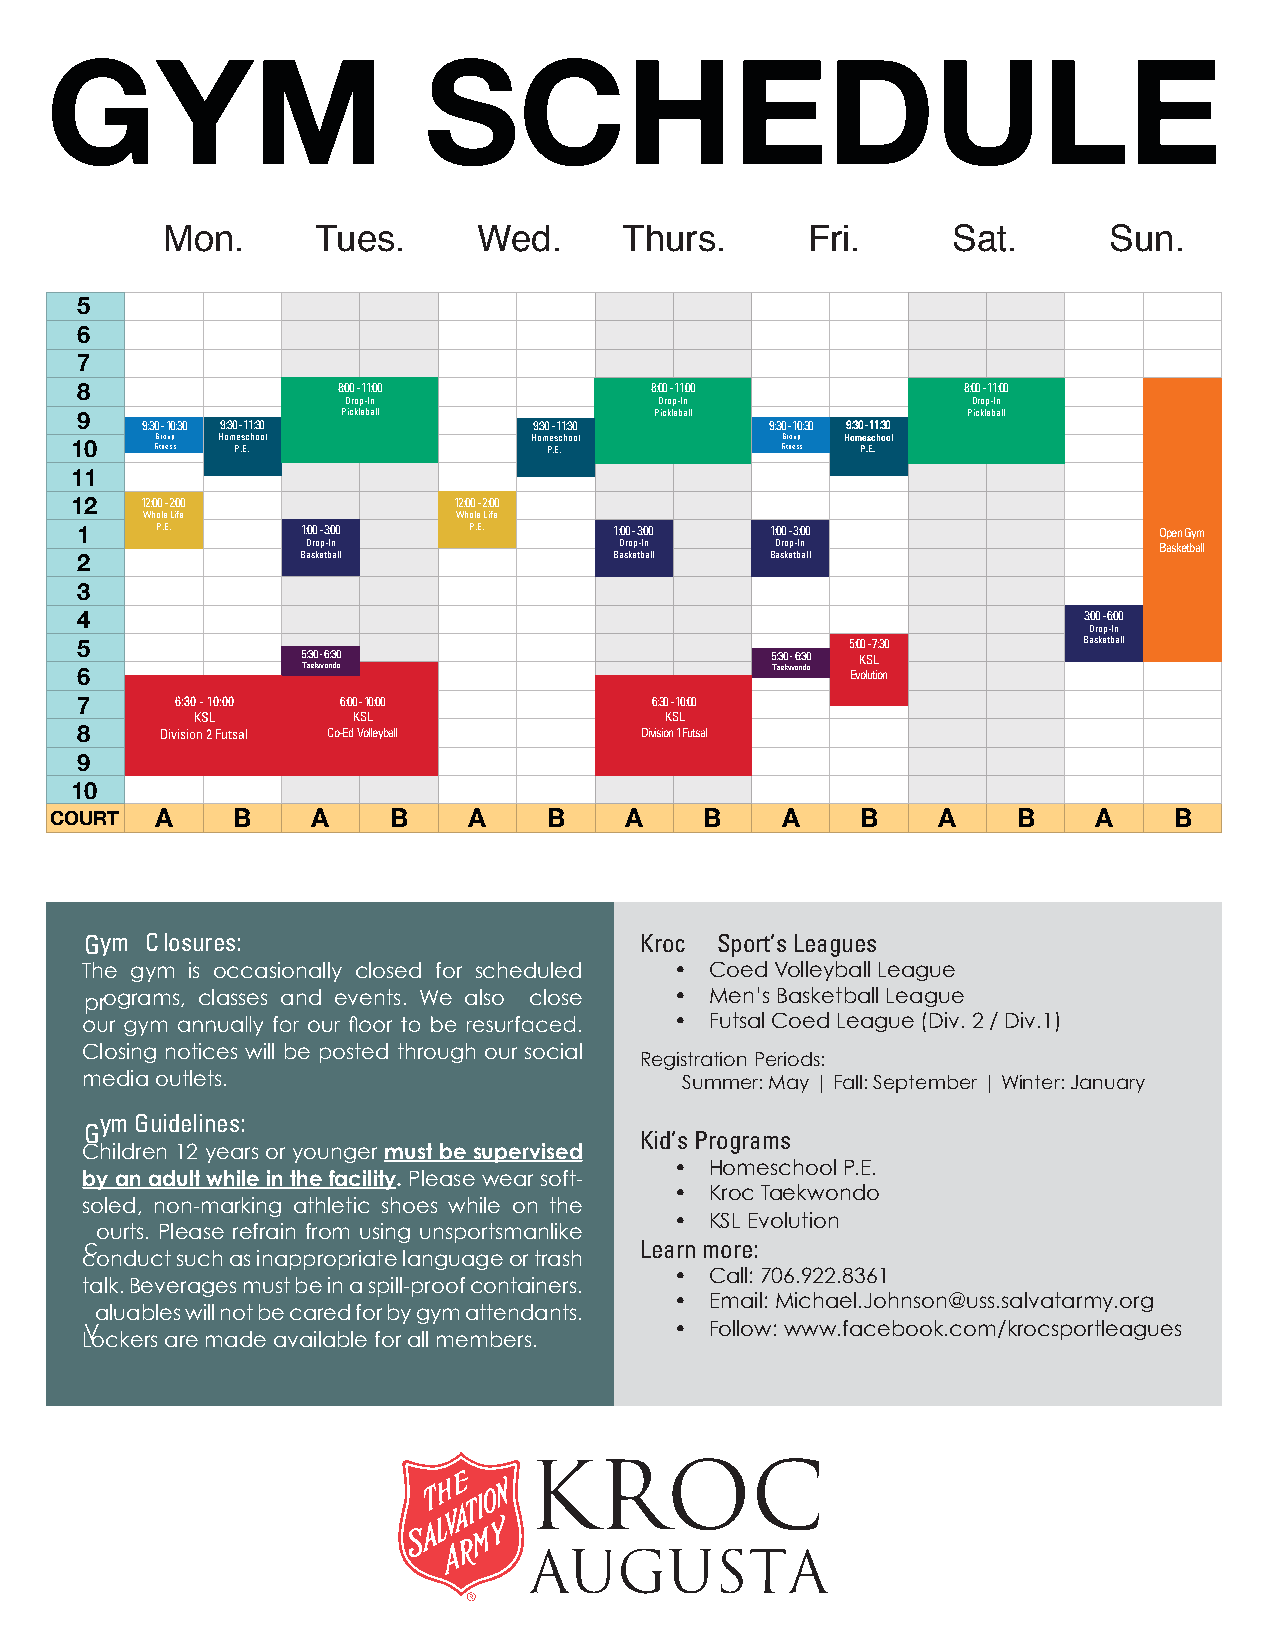
GYM                      SCHEDULE
 Mon.      Tues.      Wed.     Thurs.      Fri.      Sat.      Sun.
 5
 6
 7
 8                8:00 - 110:0         8:00 - 110:0         8:00 - 110:0
 Drop-In              Drop-In             Drop-In
 Pickleball          Pickleball           Pickleball
 9   9:30 - 103:0 9:30 - 113:0 9:30 - 113:0    9:30 - 103:0 9:30 - 113:0
 Group Homeschool         Homeschool       Group Homeschool
 10   Fitness P.E.              P.E.            Fitness P.E.
 11
 12  12:00 - 2:00         12:00 - 2:00
 Whole Life           Whole Life
 1    P.E.      1:00 - 3:00 P.E.     1:00 - 3:00 1:00 - 3:00             Open Gym
 Drop-In              Drop-In   Drop-In                   Basketball
 Basketball           Basketball Basketball
 2
 3
 4                                                                  3:00 - 6:00
 Drop-In
 5              5:30 - 6:30                    5:30 - 6:30 5:0 K0 S- L7:30 Basketball
 6              Taekwondo                      Taekwondo Evolution
 7      6:30 - 10:00 6:00 - 100:0      6:30 - 100:0
 KSL       KSL                  KSL
 8     Division 2 Futsal Co-Ed Volleyball Division 1 Futsal
 9
 10
 COURT  A    B     A    B    A    B    A     B    A    B    A    B     A    B
 Gym Closures:                       Kroc Sport’s Leagues
 The gym is occasionally closed for scheduled • Coed Volleyball League
 programs, classes and events. We also close • Men’s Basketball League
 • Futsal Coed League (Div. 2 / Div.1)
 Closing notices will be posted through our social
 Registration Periods:
 media outlets.                          Summer: May | Fall: September | Winter: January
 ym Guidelines:
 G
 Kid’s Programs
 Children 12 years or younger must be supervised
 • Homeschool P.E.
 by an adult while in the facility. Please wear soft-
 • Kroc Taekwondo
 soled, non-marking athletic shoes while on the
 • KSL Evolution
 ourts. Please refrain from using unsportsmanlike
 c                                   Learn more:
 conduct such as inappropriate language or trash
 • Call: 706.922.8361
 talk. Beverages must be in a spill-proof containers.
 • Email: Michael.Johnson@uss.salvatarmy.org
 aluables will not be cared for by gym attendants.
 V                                      • Follow: www.facebook.com/krocsportleagues
 Lockers are made available for all members.